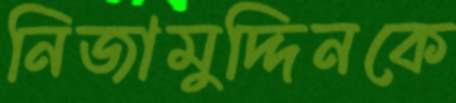
নিজামুদ্দিনকে